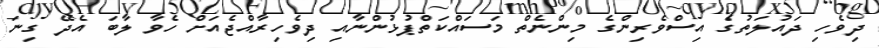
ދިވެހި ދައުލަތުގެ އިސްވެރިންގެ މިންނެތް މަސައްކަތްޕުޅުންނާއި ދިވެހިރާއްޖެއަށް ހެވާ ލާބަ އެދޭ ގިނަ